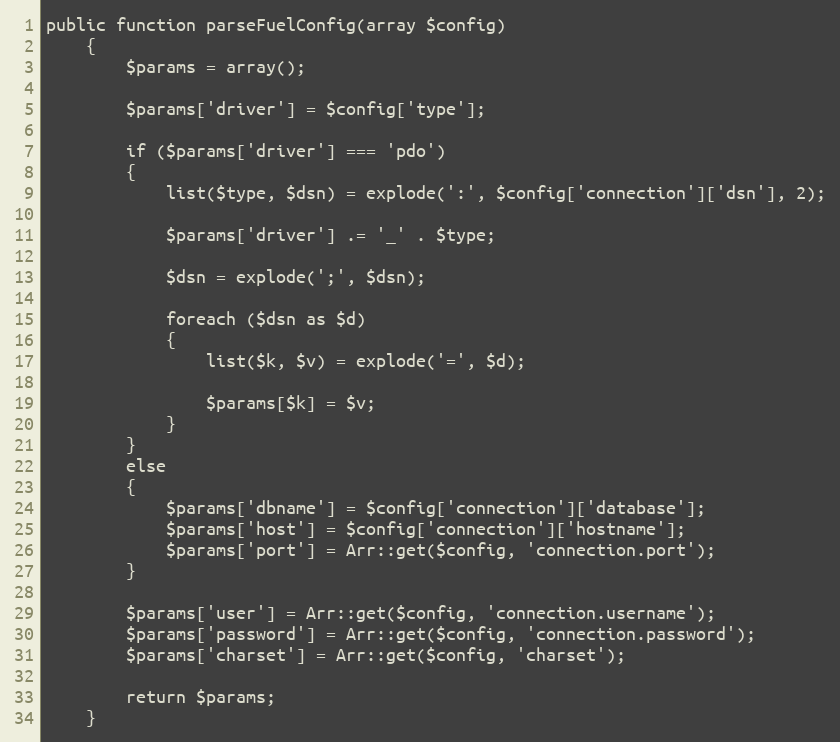
Language: PHP
public function parseFuelConfig(array $config)
	{
		$params = array();

		$params['driver'] = $config['type'];

		if ($params['driver'] === 'pdo')
		{
			list($type, $dsn) = explode(':', $config['connection']['dsn'], 2);

			$params['driver'] .= '_' . $type;

			$dsn = explode(';', $dsn);

			foreach ($dsn as $d)
			{
				list($k, $v) = explode('=', $d);

				$params[$k] = $v;
			}
		}
		else
		{
			$params['dbname'] = $config['connection']['database'];
			$params['host'] = $config['connection']['hostname'];
			$params['port'] = Arr::get($config, 'connection.port');
		}

		$params['user'] = Arr::get($config, 'connection.username');
		$params['password'] = Arr::get($config, 'connection.password');
		$params['charset'] = Arr::get($config, 'charset');

		return $params;
	}